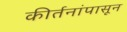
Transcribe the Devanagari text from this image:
कीर्तनांपासून